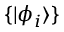
\{ | \phi _ { i } \rangle \}